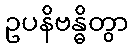
ဥပနိဗန္ဓိတွာ